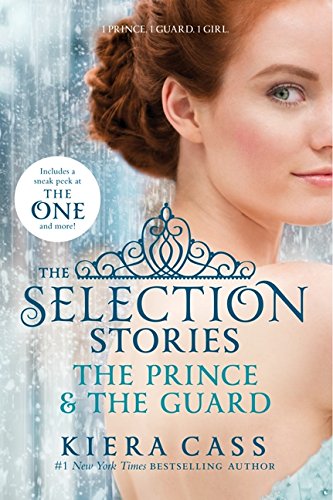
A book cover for The Selection Stories: The Prince & The Guard (The Selection Novella); Kiera Cass; Teen & Young Adult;